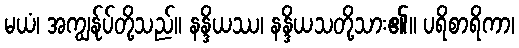
မယံ၊ အကျွန်ုပ်တို့သည်။ နန္ဒိယဿ၊ နန္ဒိယသတို့သား၏။ ပရိစာရိကာ၊